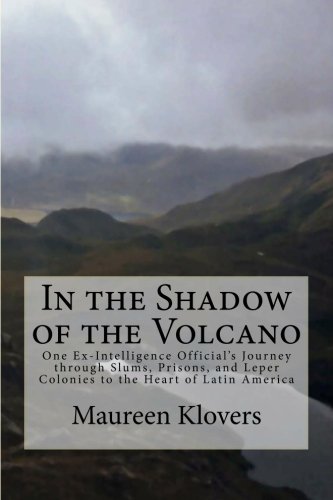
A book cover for In the Shadow of the Volcano: One Ex-Intelligence Official's Journey through Slums, Prisons, and Leper Colonies to the Heart of Latin America; Maureen Klovers; Travel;